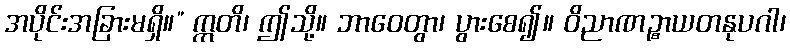
အပိုင်းအခြားမရှိ။” ဣတိ၊ ဤသို့။ ဘာဝေတွာ၊ ပွားစေ၍။ ဝိညာဏဉ္စာယတနုပဂါ၊